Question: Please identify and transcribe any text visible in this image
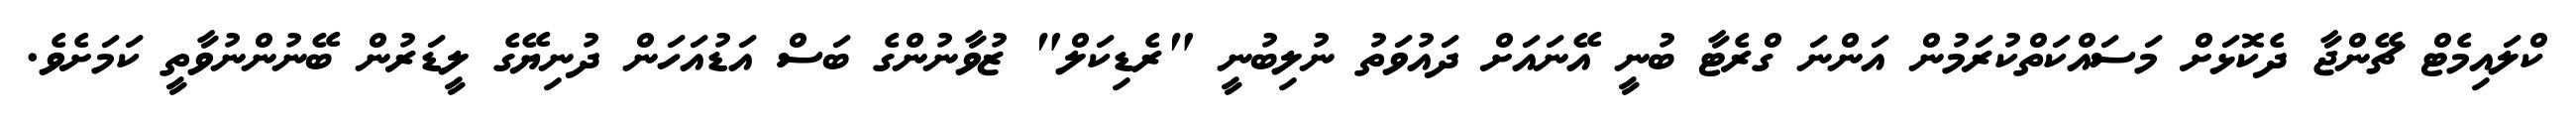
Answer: ކްލައިމެޓް ޗޭންޖާ ދެކޮޅަށް މަސައްކަތްކުރަމުން އަންނަ ގްރެޓާ ބުނީ އޭނައަށް ދައުވަތު ނުލިބުނީ "ރެޑިކަލް" ޒުވާނުންގެ ބަސް އަޑުއަހަން ދުނިޔޭގެ ލީޑަރުން ބޭނުންނުވާތީ ކަމަށެވެ.